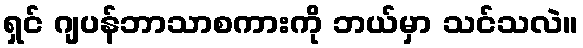
ရှင် ဂျပန်ဘာသာစကားကို ဘယ်မှာ သင်သလဲ။